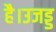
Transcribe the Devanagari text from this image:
है।उजड्ड